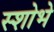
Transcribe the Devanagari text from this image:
स्शोभे